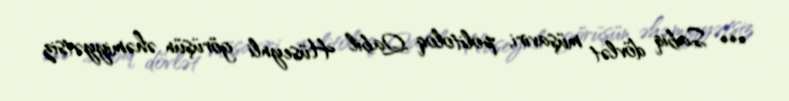
*** Sabiq dövlət müşaviri, politoloq Qabil Hüseynli görüşün əhəmiyyətsiz